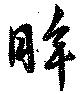
眸